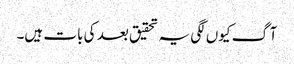
آگ کیوں لگی یہ تحقیق بعد کی بات ہیں۔